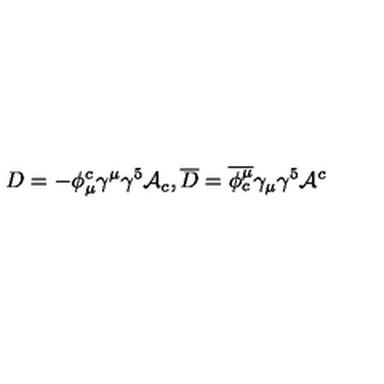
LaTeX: D = - \phi _ { \mu } ^ { c } \gamma ^ { \mu } \gamma ^ { 5 } { \cal A } _ { c } , \overline { D } = \overline { { \phi _ { c } ^ { \mu } } } \gamma _ { \mu } \gamma ^ { 5 } { \cal A } ^ { c }